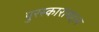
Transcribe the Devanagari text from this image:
पुरस्काराबद्दल